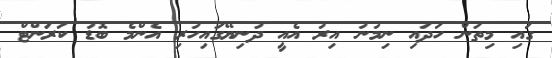
ގައި މިތަން ހަދައި ނިމުނު އިރު އެއީ ދުނިޔޭގައިހުރި އެންމެ ބޮޑު ކަރަންޓް